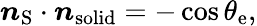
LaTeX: \boldsymbol{n}_{\mathrm{{S}}}\cdot\boldsymbol{n}_{\mathrm{{solid}}}=-\cos\theta_{\mathrm{{e}}},